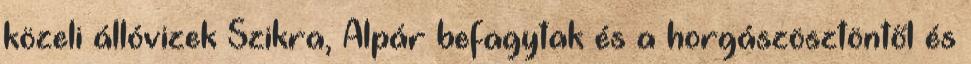
közeli állóvizek Szikra, Alpár befagytak és a horgászösztöntől és